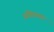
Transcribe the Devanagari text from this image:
अखिरकार